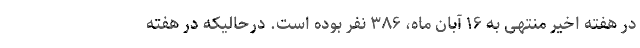
در هفته اخیر منتهی به ۱۶ آبان ماه، ۳۸۶ نفر بوده است. درحالیکه در هفته